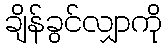
ချိန်ခွင်လျှာကို